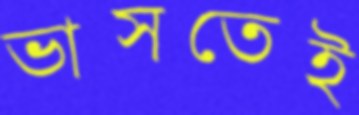
ভাসতেই